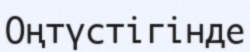
Оңтүстігінде